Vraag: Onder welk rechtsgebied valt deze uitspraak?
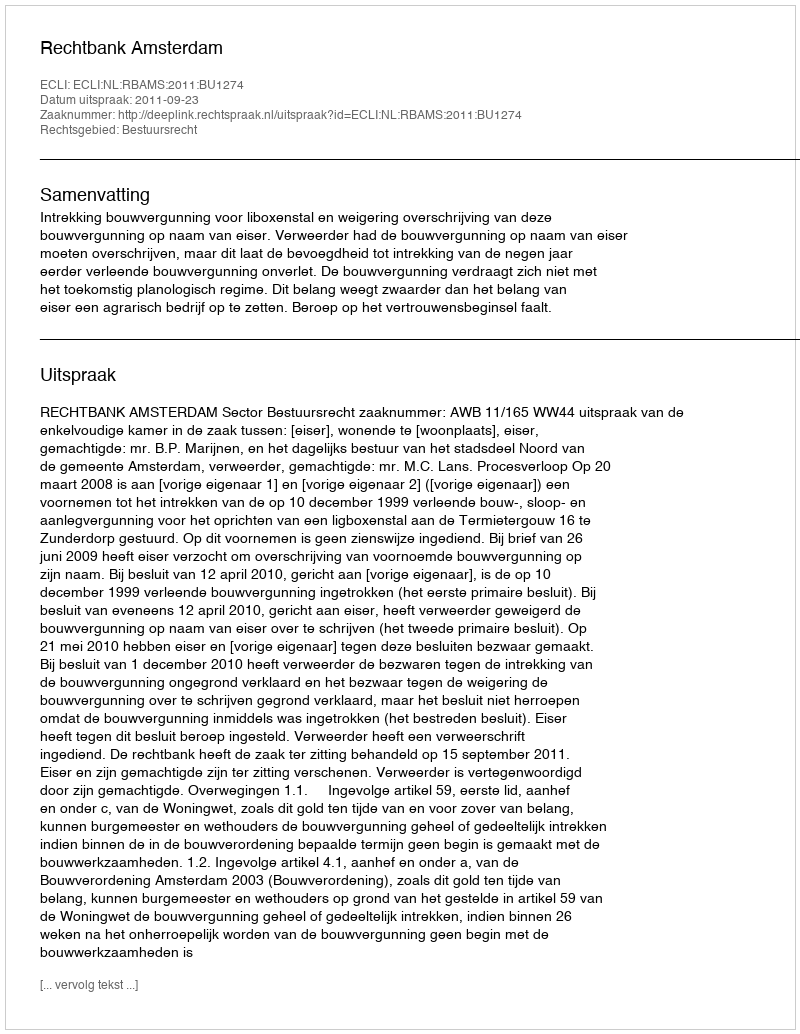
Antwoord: Bestuursrecht